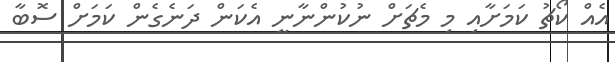
އެއް ކޯޗު ކަމަށާއި މި މެޗަށް ނުކުންނާނީ އެކަން ދަނެގެން ކަމަށް ސޮބާ